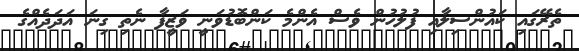
ތެރޭގައި ކައުންސިލާއި ފުލުހުން ވެސް އެންމެ ކަންބޮޑުވަނީ ވަޒީފާ ނެތި ގިނަ އަދަދެއްގެ